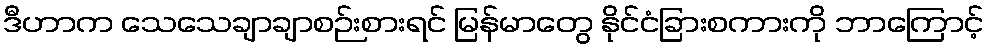
ဒီဟာက သေသေချာချာစဉ်းစားရင် မြန်မာတွေ နိုင်ငံခြားစကားကို ဘာကြောင့်